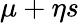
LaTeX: \mu+\eta s